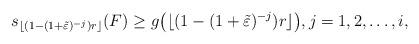
LaTeX: \begin{align*}s_{\lfloor(1-(1+\tilde\varepsilon)^{-j})r\rfloor}(F)\geq g\big(\lfloor(1-(1+\tilde\varepsilon)^{-j})r\rfloor\big),j=1,2,\dots,i,\end{align*}